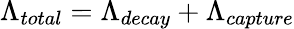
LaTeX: \Lambda_{total}=\Lambda_{decay}+\Lambda_{capture}